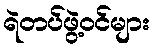
ရဲတပ်ဖွဲ့ဝင်များ